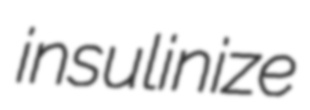
insulinize